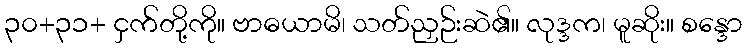
၃၀+၃၁+ ငှက်တို့ကို။ ဗာဓယာမိ၊ သတ်ညှဉ်းဆဲ၏။ လုဒ္ဒက၊ မူဆိုး။ စန္ဒော